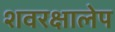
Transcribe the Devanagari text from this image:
शवरक्षालेप